65_HS1-834228961_62-HQ-83894_Section_9
Agency: FBI
Page 78
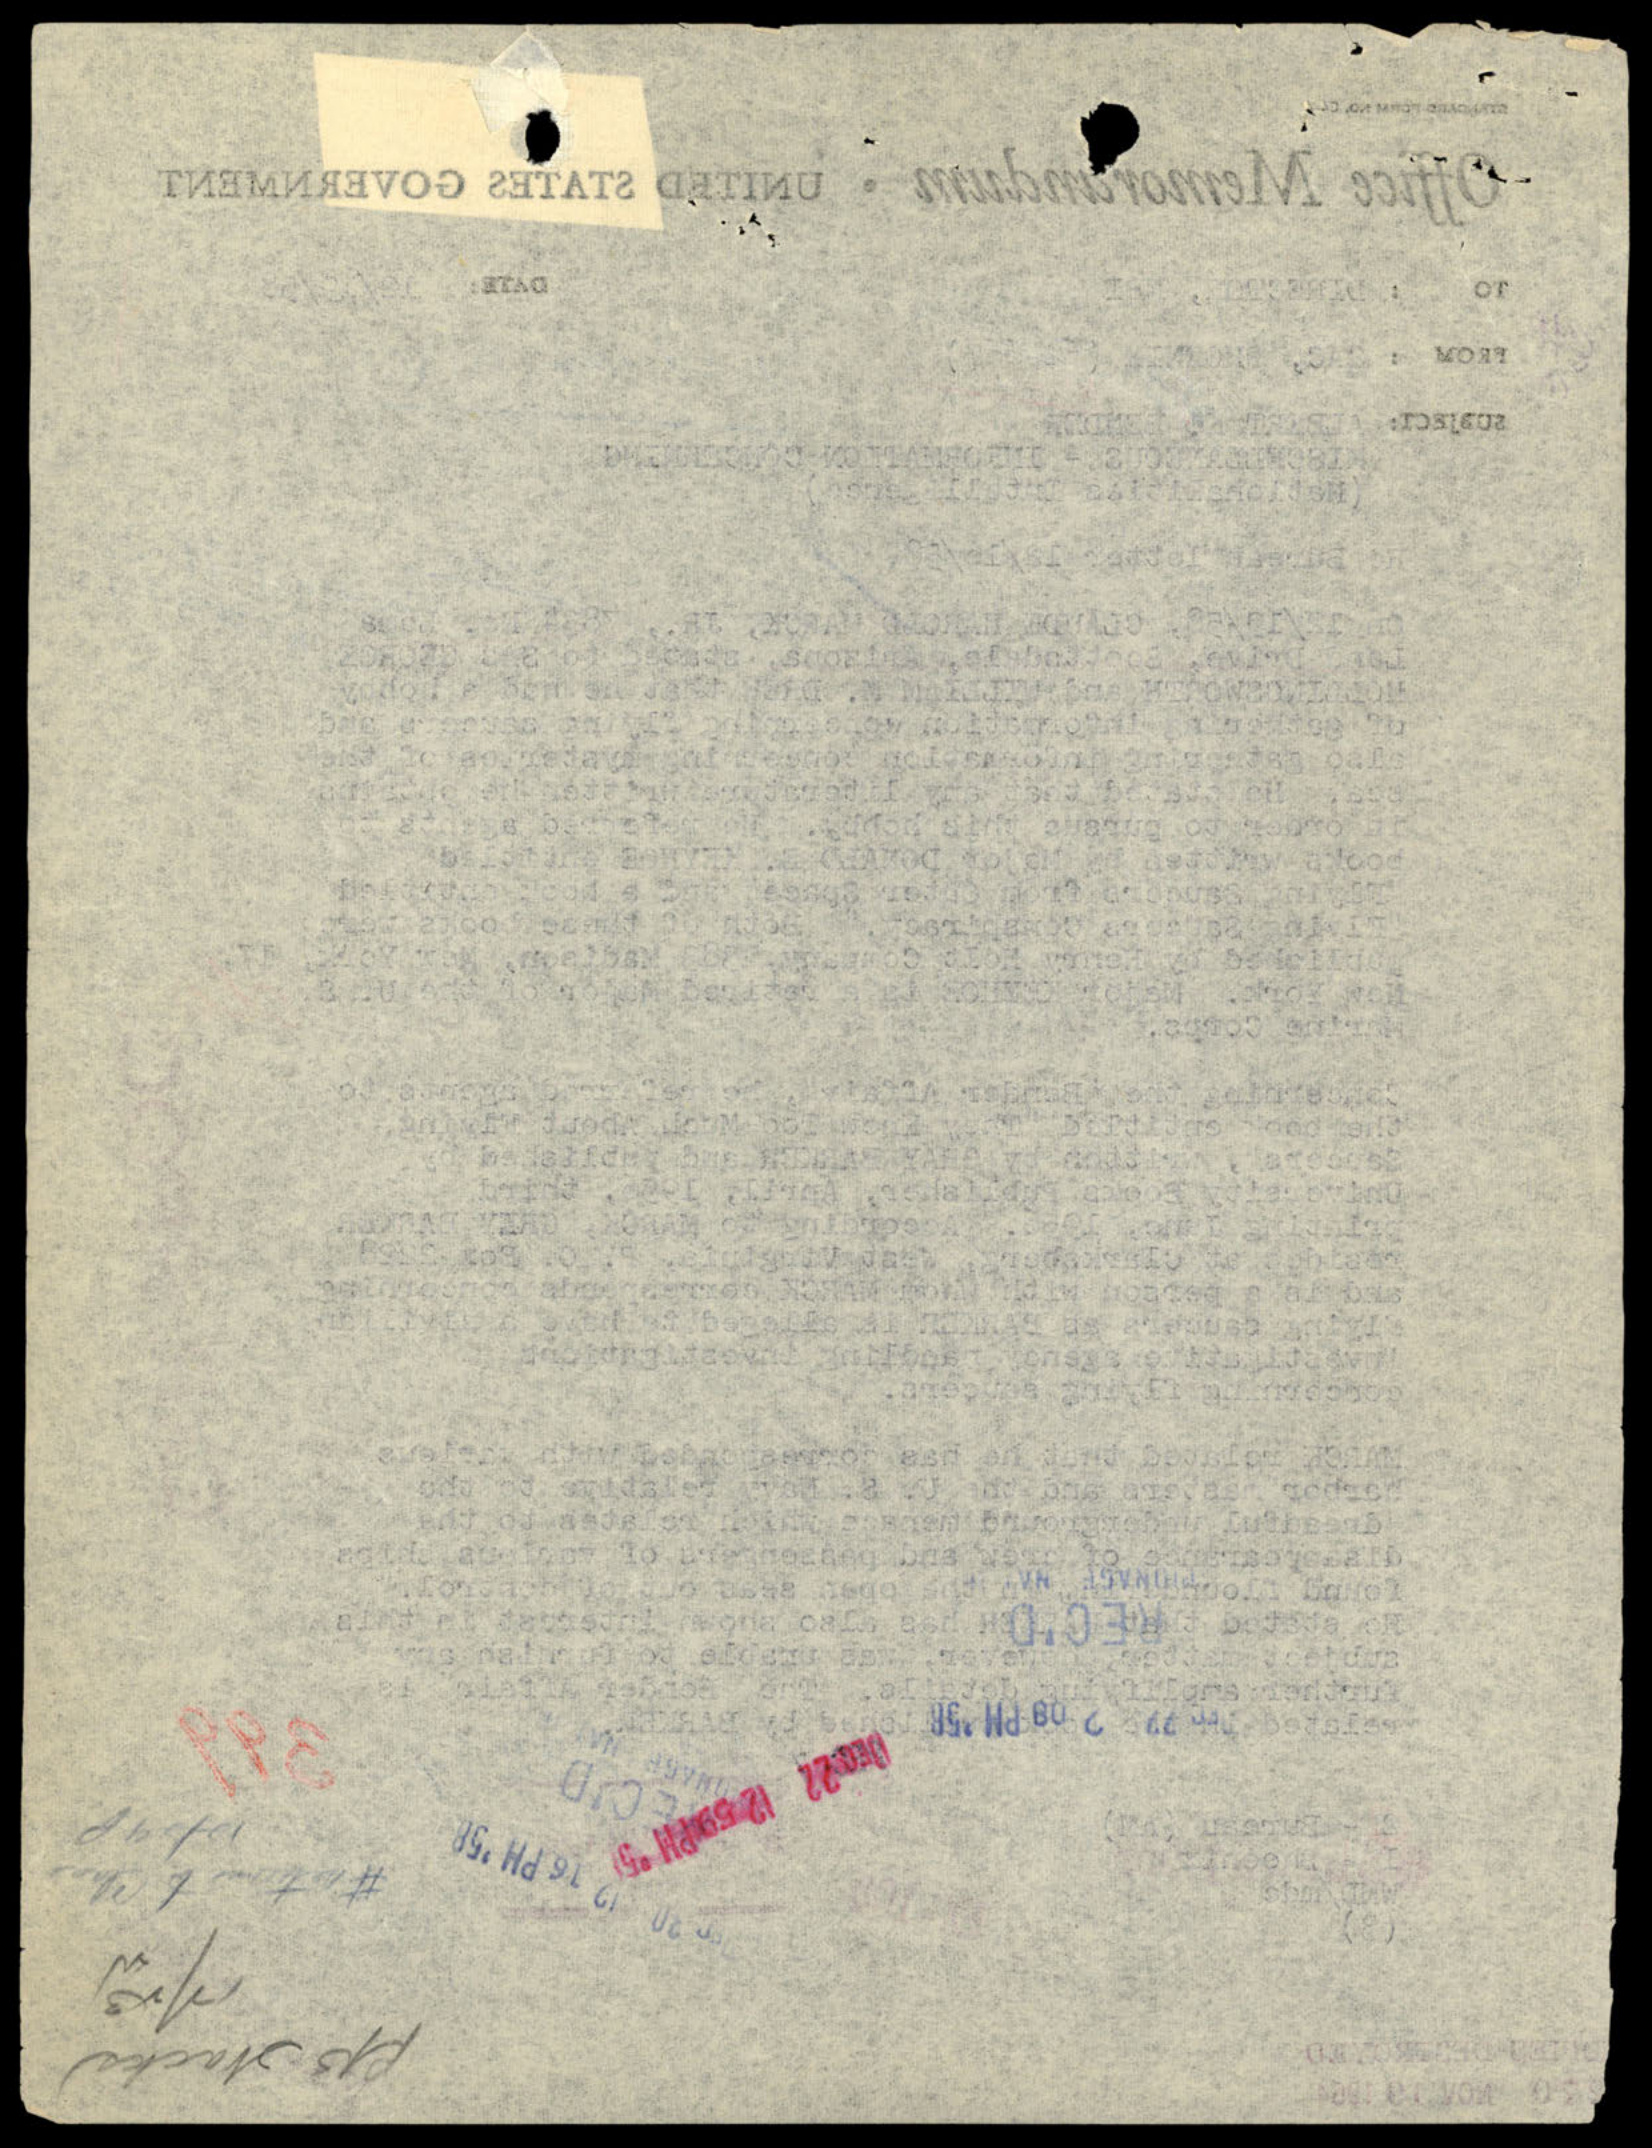